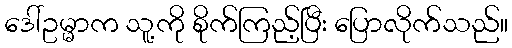
ဒေါ်ဥမ္မာက သူ့ကို စိုက်ကြည့်ပြီး ပြောလိုက်သည်။